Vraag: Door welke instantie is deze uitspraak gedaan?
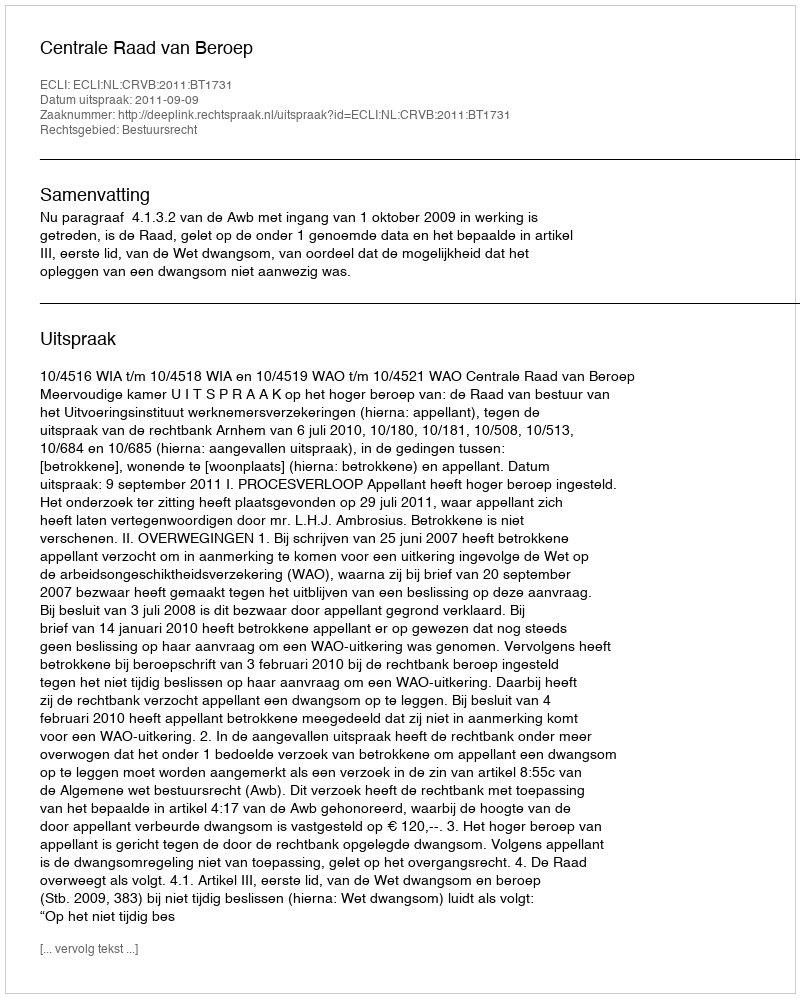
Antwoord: Centrale Raad van Beroep